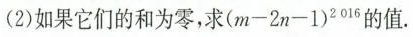
(2)如果它们的和为零，求$$( m - 2 n - 1 ) ^ { 2 0 1 6 }$$的值.